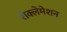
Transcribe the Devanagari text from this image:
रीक्लेमेशन